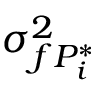
\sigma _ { f P _ { i } ^ { * } } ^ { 2 }